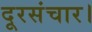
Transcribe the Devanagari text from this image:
दूरसंचार।